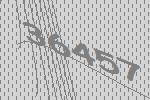
36457